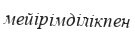
мейірімділікпен